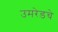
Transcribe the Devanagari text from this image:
उमरेडचे